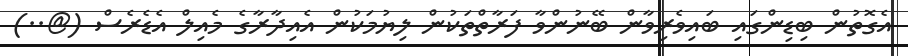
އެގޮތުން ބިޑިންގައި ބައިވެރިވާން ބޭނުންވާ ފަރާތްތަކުން ލިޔުމަކުން އެއިދާރާގެ މެއިލް އެޑެރެސް (@..)